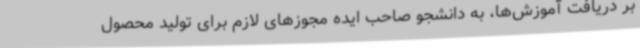
بر دریافت آموزش‌ها، به دانشجو صاحب ایده مجوزهای لازم برای تولید محصول